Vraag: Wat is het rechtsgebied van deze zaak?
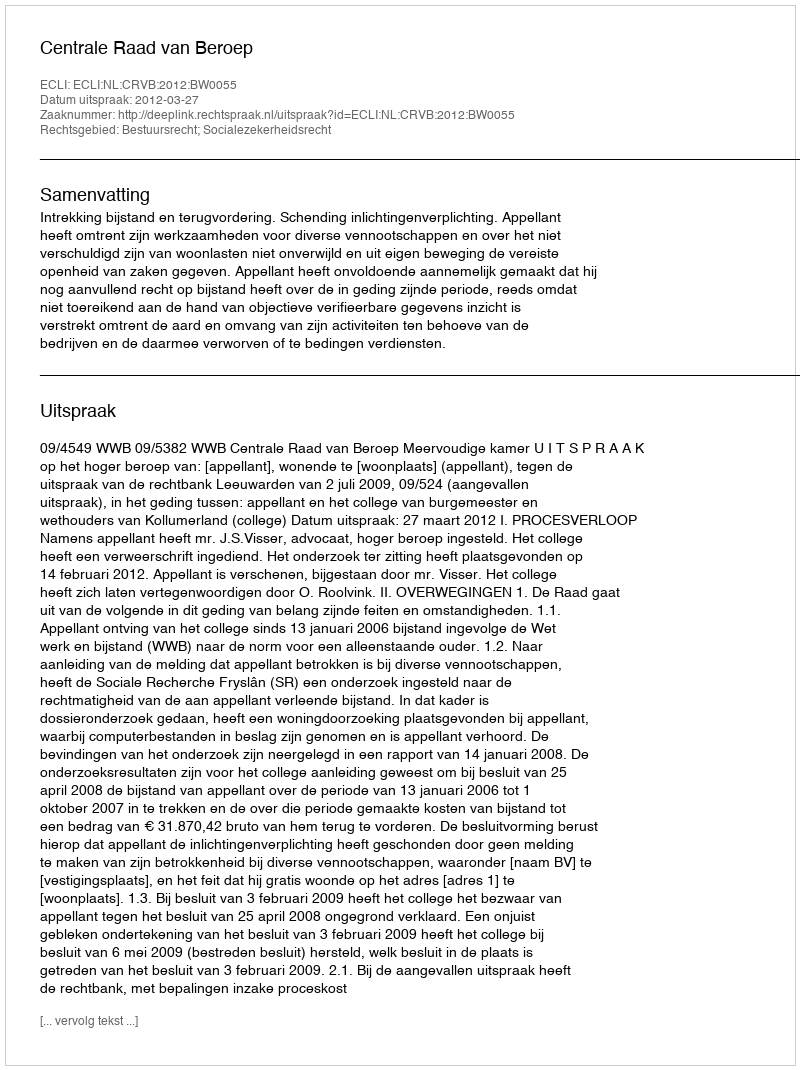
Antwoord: Bestuursrecht; Socialezekerheidsrecht